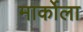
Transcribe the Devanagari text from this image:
मार्कोला